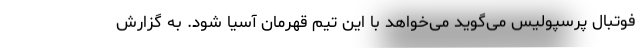
فوتبال پرسپولیس می‌گوید می‌خواهد با این تیم قهرمان آسیا شود. به گزارش